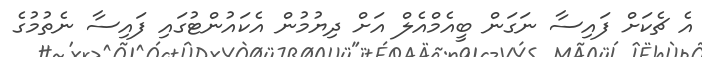
އެ ޗެކަށް ފައިސާ ނަގަން ބީއެމްއެލް އަށް ދިޔުމުން އެކައުންޓުގައި ފައިސާ ނެތުމުގެ